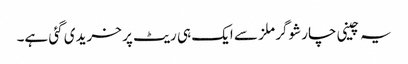
یہ چینی چار شوگر ملز سے ایک ہی ریٹ پر خریدی گئی ہے۔